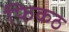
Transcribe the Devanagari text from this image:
फिकठ